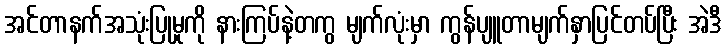
အင်တာနက်အသုံးပြုမှုကို နားကြပ်နဲ့တကွ မျက်လုံးမှာ ကွန်ပျူတာမျက်နှာပြင်တပ်ပြီး အဲဒီ